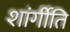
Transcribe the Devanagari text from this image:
शांर्गीति